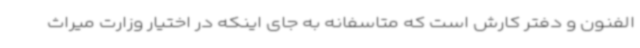
الفنون و دفتر کارش است که متاسفانه به جای اینکه در اختیار وزارت میراث